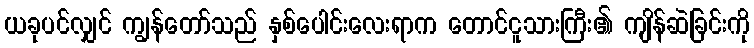
ယခုပင်လျှင် ကျွန်တော်သည် နှစ်ပေါင်းလေးရာက တောင်ငူသားကြီး၏ ကျိန်ဆဲခြင်းကို